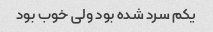
یکم سرد شده بود ولی خوب بود